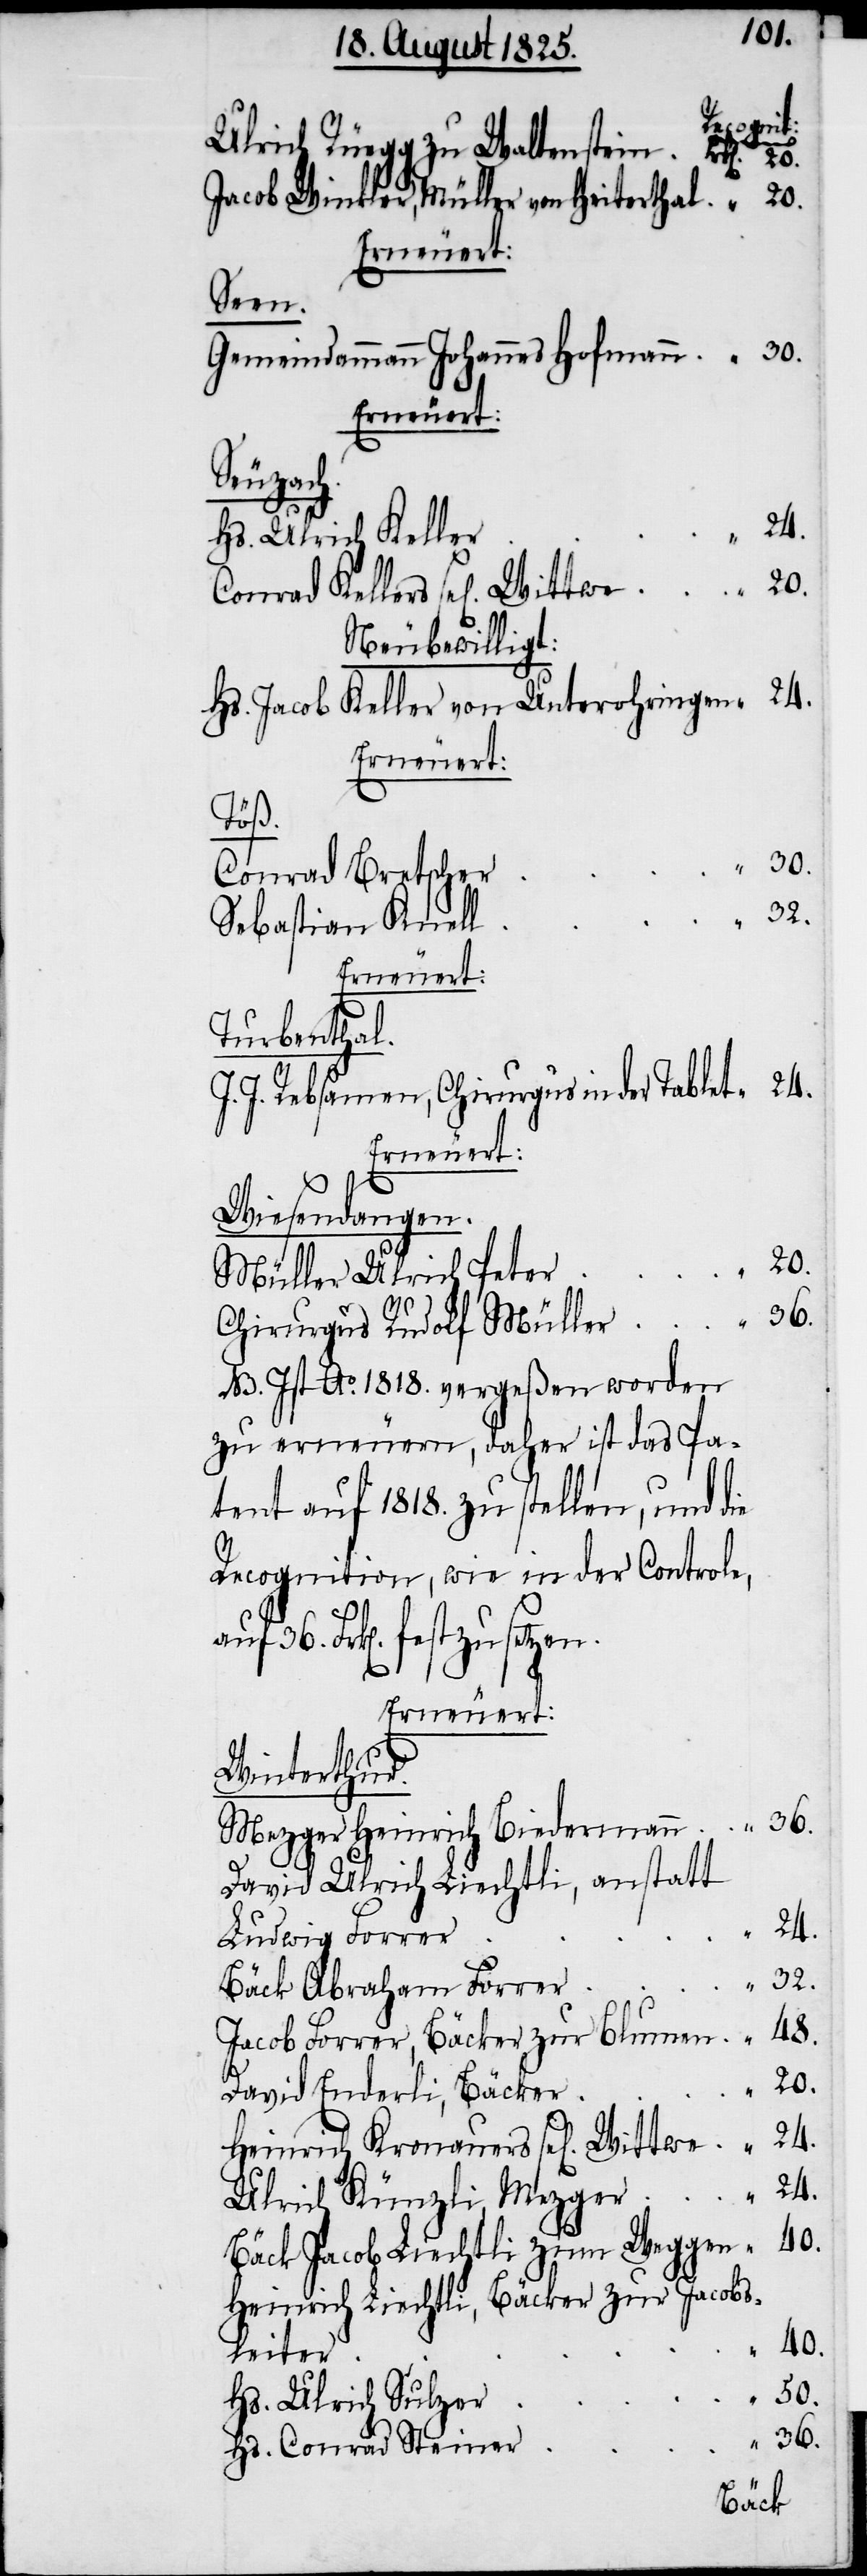
Recognit¬
Ulrich Rüegg zu Waltenstein	Frk[en].
Jacob Winkler, Müller von Heiterthal	“	20.
Erneuert:
Seen.
Gemeindammann Johannes Hofmann	“	30.
erneuern,
Heinrich
Hs. Ulrich Kelle¬
Conrad Kellers sel[igen]
Neu bewilligt:
Hs. Jacob Keller von Unterohringen	“	24.
Erneuert:
ion,
Conrad Bretsche¬
Sebastian Knel¬
Erneuert:
Turbenthal.
J. J. Rebsamen, Chirurgus in der Tablet	“	24.
Erneuert:
Wiesendangen.
Müller Ulrich Pete¬
Chirurgus Rudolf Mülle¬
M. Ist Ao. 1818. vergeßen worden
tent auf 1818 zu stellen, und die
36. Frk[en]. festzusetzen.
Erneuert:
Winterthur.
Mezger Heinrich Biedermann	“	36.
David Ulrich Liechtli, anstatt
r	“	36.
Jacob Furrer, Bäcker zur Blume¬
20.
David Enderli, Bäcke¬
Ulrich Künzli, Mezge¬
Bäck Jacob Liechtli zum Wegge¬
Heinrich Liechtli, Bäcker zur Jacobs¬
leite¬
Hs. Ulrich Sulze¬
Hs. Conrad Steine¬
Bäck